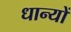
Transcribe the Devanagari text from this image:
धान्यों